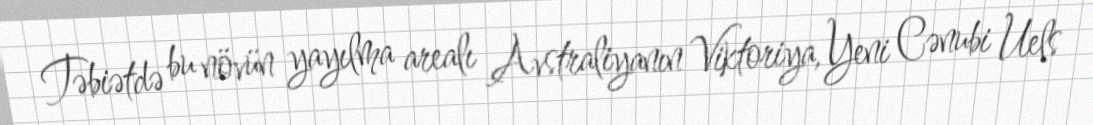
Təbiətdə bu növün yayılma arealı Avstraliyanın Viktoriya, Yeni Cənubi Uels